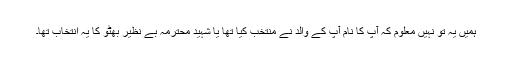
ہمیں یہ تو نہیں معلوم کہ آپ کا نام آپ کے والد نے منتخب کیا تھا یا شہید محترمہ بے نظیر بھٹو کا یہ انتخاب تھا۔